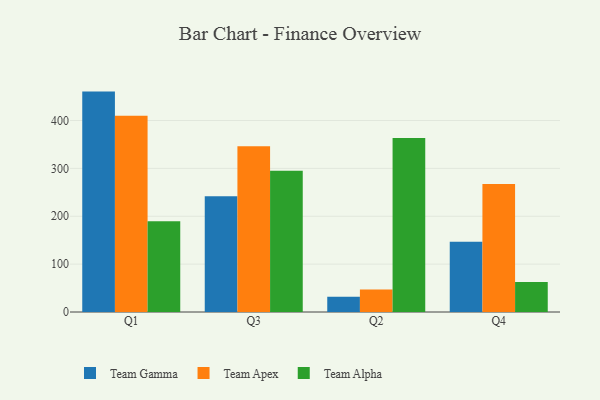
{"axis": {"x": "Quarter", "y": "Humidity (%)"}, "legend": ["Team Alpha", "Team Apex", "Team Gamma"], "data": [{"x": "Q1", "y": 460.4, "type": "Team Gamma"}, {"x": "Q1", "y": 409.9, "type": "Team Apex"}, {"x": "Q1", "y": 189.8, "type": "Team Alpha"}, {"x": "Q3", "y": 241.6, "type": "Team Gamma"}, {"x": "Q3", "y": 346.3, "type": "Team Apex"}, {"x": "Q3", "y": 295.2, "type": "Team Alpha"}, {"x": "Q2", "y": 31.6, "type": "Team Gamma"}, {"x": "Q2", "y": 46.8, "type": "Team Apex"}, {"x": "Q2", "y": 363.5, "type": "Team Alpha"}, {"x": "Q4", "y": 147.0, "type": "Team Gamma"}, {"x": "Q4", "y": 267.6, "type": "Team Apex"}, {"x": "Q4", "y": 62.9, "type": "Team Alpha"}]}